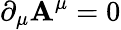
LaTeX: \partial_{\mu}\mathbf{A}^{\mu}=0